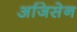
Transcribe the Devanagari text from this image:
अजिसेन